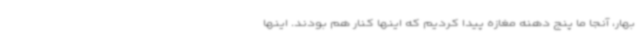
بهار، آنجا ما پنج دهنه مغازه پیدا کردیم که اینها کنار هم بودند. اینها